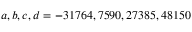
a , b , c , d = - 3 1 7 6 4 , 7 5 9 0 , 2 7 3 8 5 , 4 8 1 5 0